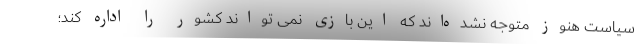
سیاست هنوز متوجه نشده‌اند که این بازی نمی تواند کشور را اداره کند؛